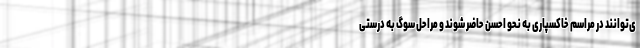
ی‌توانند در مراسم خاکسپاری به نحو احسن حاضر شوند و مراحل سوگ به درستی